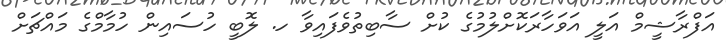
އަފްރާޝީމް އަލީ އަވަހާރަކޮށްލުމުގެ ކުށް ސާބިތުވެފައިވާ ހ. ލޮބީ ހުސައިން ހުމާމްގެ މައްޗަށް